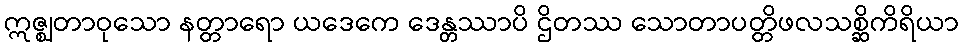
ဣဇ္ဈတာဝုသော နတ္တာရော ယဒေကေ ဒေန္တဿာပိ ဌိတဿ သောတာပတ္တိဖလသစ္ဆိကိရိယာ